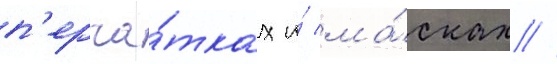
п'ерча́тках и́ ма́сках //